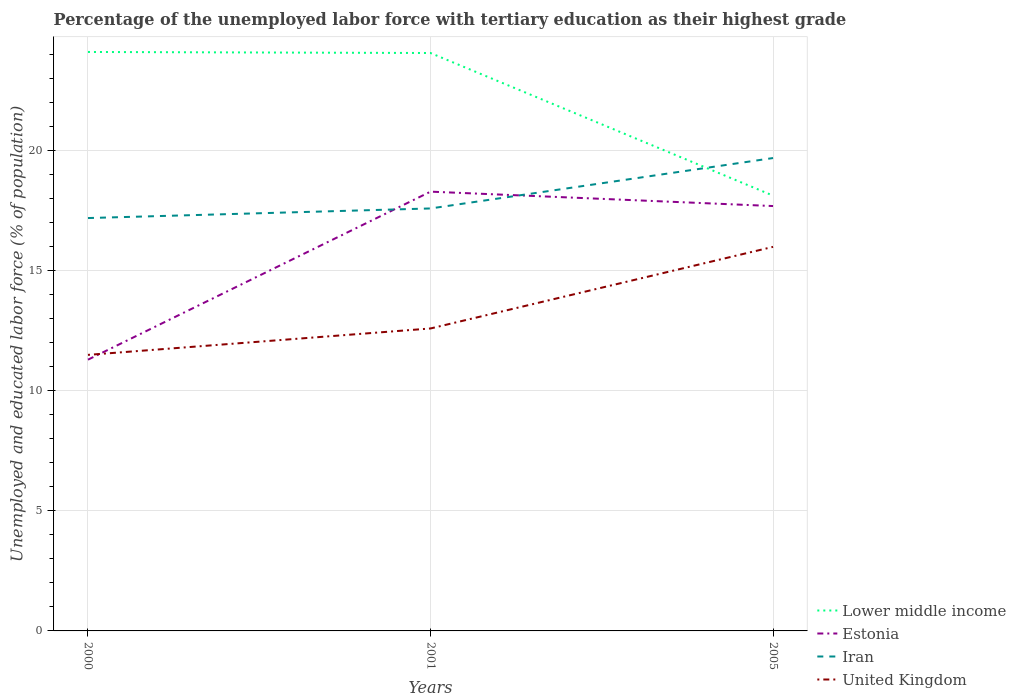
| Years | Lower middle income | Estonia | Iran | United Kingdom |
 | --- | --- | --- | --- | --- |
 | 2000 | 24.1 | 11.3 | 17.2 | 11.5 |
 | 2001 | 24.1 | 18.3 | 17.6 | 12.6 |
 | 2005 | 18.1 | 17.7 | 19.7 | 16 |